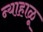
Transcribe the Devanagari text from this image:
न्याहाळू